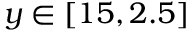
y \in \left[ 1 5 , 2 . 5 \right]